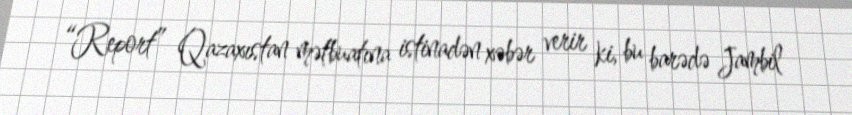
“Report” Qazaxıstan mətbuatına istinadən xəbər verir ki, bu barədə Jambil